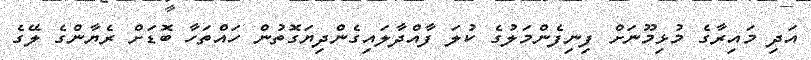
އަދި މައިރާގެ މުޅިމޫނަށް ފިނިފެންމަލުގެ ކުލަ ފާއްދާލައިގެންދިޔަގޮތުން ހައްތަހާ ބޮޑަށް ރެޔާންގެ ލޭގެ